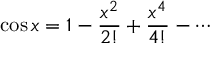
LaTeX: \cos x = 1 - { \frac { x ^ { 2 } } { 2 ! } } + { \frac { x ^ { 4 } } { 4 ! } } - \cdots